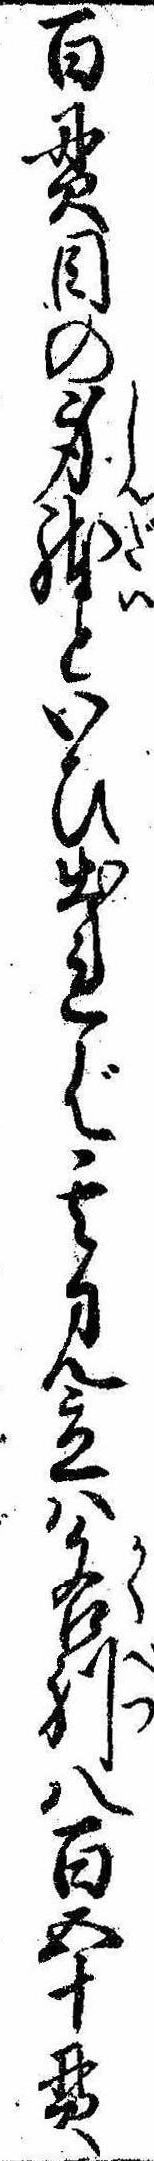
百貫目の身体といひ出れば其見立は各別八百五十貫